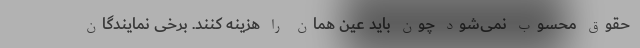
حقوق محسوب نمی‌شود چون باید عین همان را هزینه کنند. برخی نمایندگان